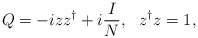
\begin{align*}Q=-iz z^\dagger+i\frac{I}{N},~~ z^\dagger z=1,\end{align*}